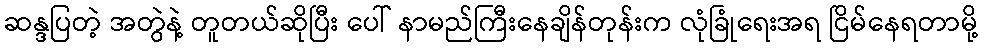
ဆန္ဒပြတဲ့ အတွဲနဲ့ တူတယ်ဆိုပြီး ပေါ် နာမည်ကြီးနေချိန်တုန်းက လုံခြုံရေးအရ ငြိမ်နေရတာမို့